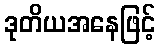
ဒုတိယအနေဖြင့်